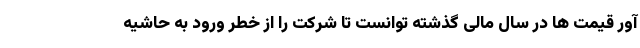
آور قیمت ها در سال مالی گذشته توانست تا شرکت را از خطر ورود به حاشیه